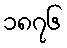
၁၈၇၆